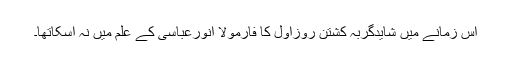
اُس زمانے میں شایدگربہ کشتن روزاوّل کا فارمولا انورعباسی کے علم میں نہ آسکاتھا۔